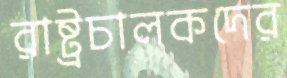
রাষ্ট্রচালকদের